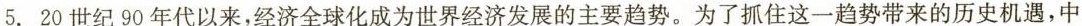
5.20世纪90年代以来，经济全球化成为世界经济发展的主要趋势。为了抓住这一趋势带来的历史机遇，中